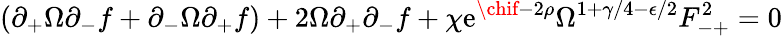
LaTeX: (\partial_{+}\Omega\partial_{-}f+\partial_{-}\Omega\partial_{+}f)+2\Omega\partial_{+}\partial_{-}f+\chi\mathrm{e}^{\chif-2\rho}\Omega^{1+\gamma/4-\epsilon/2}F_{-+}^{2}=0